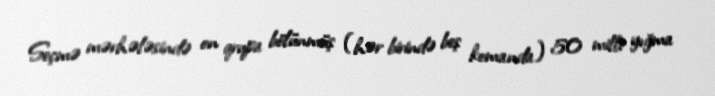
Seçmə mərhələsində on qrupa bölünmüş (hər birində beş komanda) 50 milli yığma